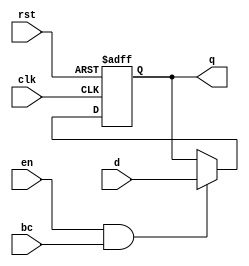
module BarrierRegister (
    input wire clk,          // Clock signal
    input wire rst,          // Asynchronous reset
    input wire en,           // Enable signal
    input wire bc,           // Barrier condition
    input wire [31:0] d,     // Data input (32-bit wide)
    output reg [31:0] q      // Data output (32-bit wide)
);

// Asynchronous reset and update behavior
always @(posedge clk or posedge rst) begin
    if (rst) begin
        q <= 32'b0;          // Reset output to zero
    end else if (en && bc) begin
        q <= d;              // Update output with input data
    end
    // If EN is low or BC is not satisfied, retain the previous value of q
end

endmodule